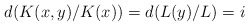
\begin{align*} d(K(x,y)/K(x)) = d(L(y)/L)=i \end{align*}